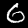
Label: 6